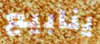
ينابيع